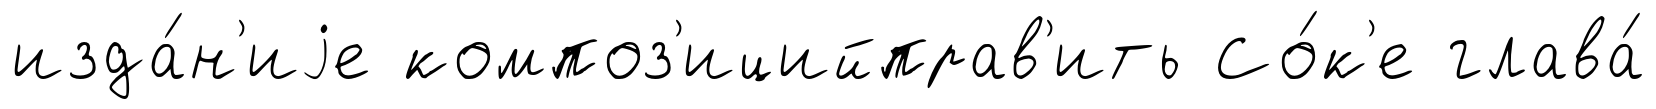
изда́н'иjе композ'ицийправ'ить Со́к'е глава́